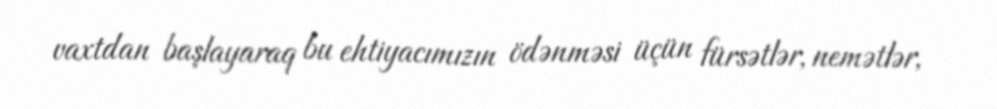
vaxtdan başlayaraq bu ehtiyacımızın ödənməsi üçün fürsətlər, nemətlər,